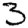
Digit: 3